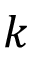
k